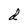
Character: d